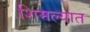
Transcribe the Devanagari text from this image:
शिमल्यात